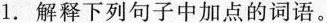
1.解释下列句子中加点的词语。